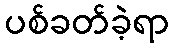
ပစ်ခတ်ခဲ့ရာ